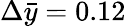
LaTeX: \Delta\bar{y}=0.12